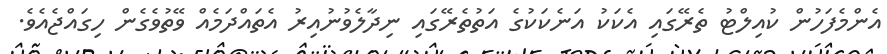
އެންމެފަހުން ކުއިލްޓު ތެރޭގައި އެކަކު އަނެކަކުގެ އަތުތެރޭގައި ނިދާލެވުނުއިރު އެތައްދަމެއް ވޭތުވެގެން ހިގައްޖެއެވެ.